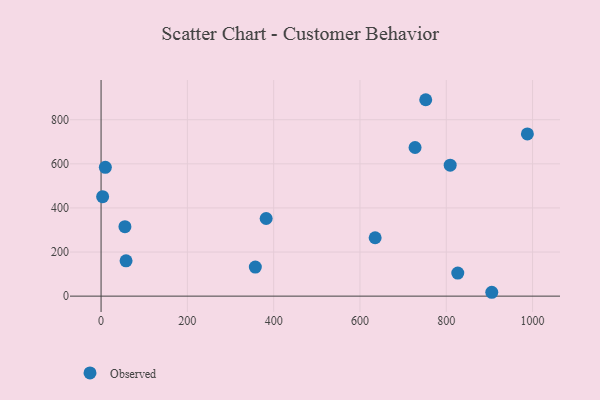
{"axis": {"x": "Experience", "y": "Sales"}, "legend": ["Observed"], "data": [{"x": "635.2", "y": 264.7, "type": "Observed"}, {"x": "382.6", "y": 352.0, "type": "Observed"}, {"x": "3.6", "y": 451.1, "type": "Observed"}, {"x": "357.5", "y": 131.6, "type": "Observed"}, {"x": "988.0", "y": 735.8, "type": "Observed"}, {"x": "905.5", "y": 17.5, "type": "Observed"}, {"x": "57.9", "y": 160.3, "type": "Observed"}, {"x": "55.3", "y": 315.1, "type": "Observed"}, {"x": "727.7", "y": 674.1, "type": "Observed"}, {"x": "809.1", "y": 593.7, "type": "Observed"}, {"x": "826.7", "y": 104.5, "type": "Observed"}, {"x": "752.4", "y": 890.7, "type": "Observed"}, {"x": "9.9", "y": 584.0, "type": "Observed"}]}